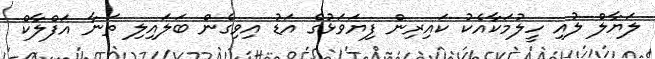
ލަޔާލް ލުއި ހީލުމަކާއެކު ކައިރިން ފިޔަވަޅުގެ އަޑު އިވިގެން ބަލައިލި ތަނާ އަފްލާކް